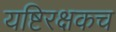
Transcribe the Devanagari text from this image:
यष्टिरक्षकच